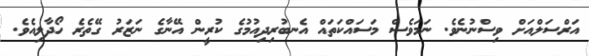
އަރްސަލްއަށް ވިސްނުނެވެ. ނަމަވެސް މަސައްކަތައް އެނބުރިދިއުމުގެ ކުރީން އޭނާގެ ނަޒަރު ގޭތެރެ ހޯދާލިއެވެ.